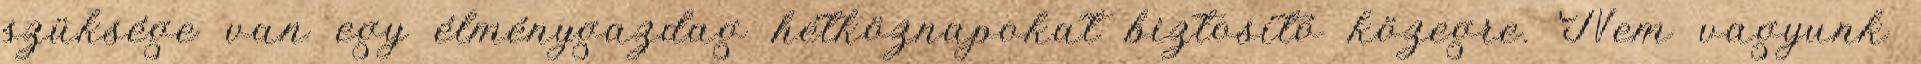
szüksége van egy élménygazdag hétköznapokat biztosító közegre. Nem vagyunk